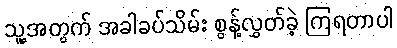
သူ့အတွက် အခါခပ်သိမ်း စွန့်လွှတ်ခဲ့ ကြရတာပါ